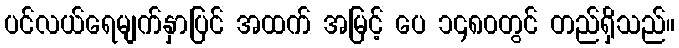
ပင်လယ်ရေမျက်နှာပြင် အထက် အမြင့် ပေ ၁၄၈၀တွင် တည်ရှိသည်။